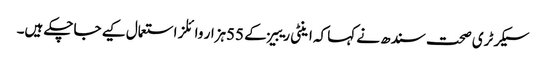
سیکرٹری صحت سندھ نے کہا کہ اینٹی ریبیز کے 55ہزار وائلز استعمال کیے جاچکے ہیں۔